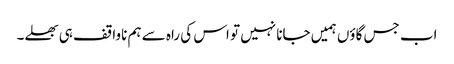
اب جس گاؤں ہمیں جانا نہیں تو اس کی راہ سے ہم ناواقف ہی بھلے۔